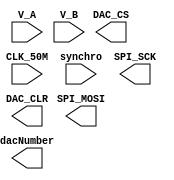
/**********************/
/* Timing description */
/**********************/
// clock	period		frequency	note
// CLK_50M	20 ns		50 MHz
// SPI_SCK	160 ns		6.25 MHz	generated from CLK_50M via Module_FrequencyDivider with period = 4
// DAC_CS	5.28 us		189.47 kHz	generated from SPI_SCK via DAC_Driver, that requires 33 clk cycles
//						for each of the two DACs (160 * 33 = 5.28 us)
// Consequently each DAC is refreshed each
//		10.56 us	94.70 kHz

/**************/
/* Conversion */
/**************/
//
// Vout = 3.3 V * nDAC / 2^12

module DAC_Driver	(	CLK_50M,
				V_A, V_B,
				synchro,

				SPI_SCK, SPI_MOSI, DAC_CS, DAC_CLR,
				dacNumber
			);

input		CLK_50M;
input	[11:0]	V_A;
input	[11:0]	V_B;
input		synchro;

output		SPI_SCK;
output		SPI_MOSI;
output		DAC_CS;
output		DAC_CLR;
output		dacNumber;

endmodule